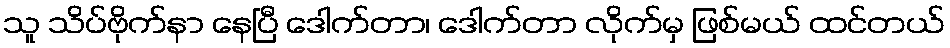
သူ သိပ်ဗိုက်နာ နေပြီ ဒေါက်တာ၊ ဒေါက်တာ လိုက်မှ ဖြစ်မယ် ထင်တယ်